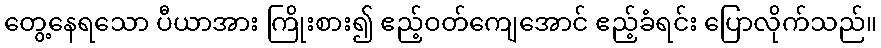
တွေ့နေရသော ပီယာအား ကြိုးစား၍ ဧည့်ဝတ်ကျေအောင် ဧည့်ခံရင်း ပြောလိုက်သည်။